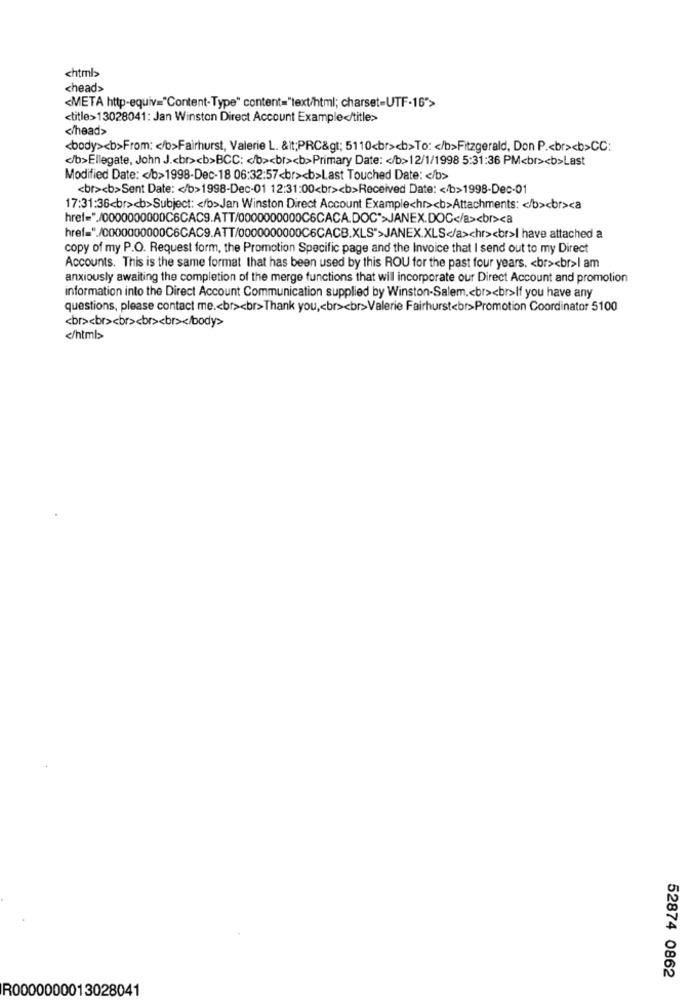
chtmb
<head>
<META http-equiv="Content-Type" content="text/html; charset=UTF-16">
<title>13028041: Jan Winston Direct Account Example</title>
</head>
<body><b>From: < /b>Fairhurst, Valerie L. &lt;PRC&gt; 5110<br><b>To: < /b>Fitzgerald, Don P .< br><b>CC:
</b>Ellegate, John J .< br><b>BCC: < /b><br><b>Primary Date: < /b>12/1/1998 5:31:36 PM<br><b>Last
Modified Date: < /b>1998-Dec-18 06:32:57<br><b>Last Touched Date: < /b>
<br><b>Sent Date: < /b>1998-Dec-01 12:31:00<br><b>Received Date: < /b>1998-Dec-01
17:31:36<br><b>Subject: < /b>Jan Winston Direct Account Example<hr><b>Attachments: < /b><br><a
href="/0000000000C6CAC9.ATT/0000000000C6CACA.DOC">JANEX.DOC</a><br><a
href="./0000000000C6CAC9.ATT/0000000000C6CACB.XLS">JANEX.XLS</a>chr><br>I have attached a
copy of my P.O. Request form, the Promotion Specific page and the Invoice that I send out to my Direct
Accounts. This is the same format that has been used by this ROU for the past four years. < br><br>I am
anxiously awaiting the completion of the merge functions that wil incorporate our Direct Account and promotion
information into the Direct Account Communication supplied by Winston-Salem .< br><br>If you have any
questions, please contact me .< br><br>Thank you ,< br><br>Valerie Fairhurst<br>Promotion Coordinator 5100
<br><br><br><br><br></body>
</html>
52874 0862
R0000000013028041